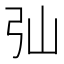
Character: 㢫